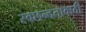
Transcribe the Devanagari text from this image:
स्वछन्दतावादी